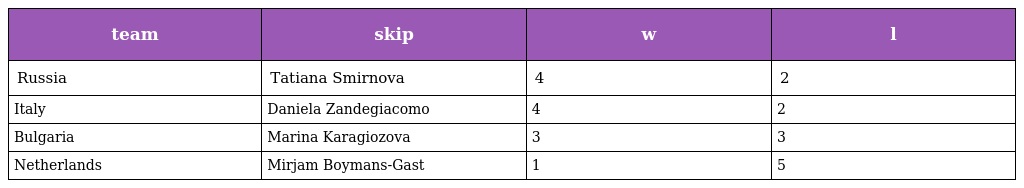
| team | skip | w | l |
 | --- | --- | --- | --- |
 | Russia | Tatiana Smirnova | 4 | 2 |
 | Italy | Daniela Zandegiacomo | 4 | 2 |
 | Bulgaria | Marina Karagiozova | 3 | 3 |
 | Netherlands | Mirjam Boymans-Gast | 1 | 5 |